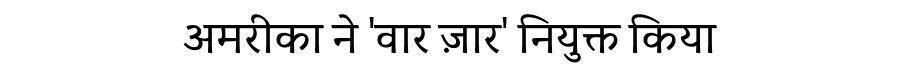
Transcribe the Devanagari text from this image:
अमरीका ने 'वार ज़ार' नियुक्त किया